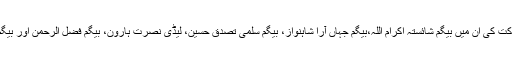
اس کانفرنس میں جن خواتین نے شرکت کی ان میں بیگم شائستہ اکرام اللہ،بیگم جہاں آرا شاہنواز، بیگم سلمیٰ تصدق حسین، لیڈی نصرت ہارون، بیگم فضل الرحمٰن اور بیگم شہاب الدین کے نام سرفہرست ہیں۔